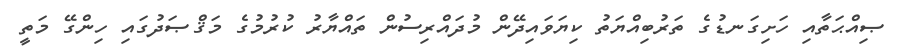
ޞިއްޙަތާއި ހަށިގަނޑުގެ ތަރުބިއްޔަތު ކިޔަވައިދޭން މުދައްރިސުން ތައްޔާރު ކުރުމުގެ މަޤްޞަދުގައި ހިންގޭ މަތީ